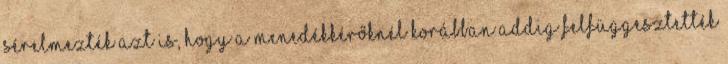
Sérelmezték azt is, hogy a menedékkérőknél korábban addig felfüggesztették